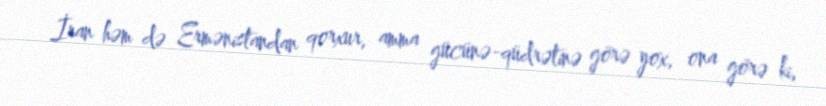
İran həm də Ermənistandan qorxur, amma gücünə-qüdrətinə görə yox, ona görə ki,